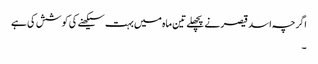
اگرچہ اسد قیصر نے پچھلے تین ماہ میں بہت سیکھنے کی کوشش کی ہے
۔